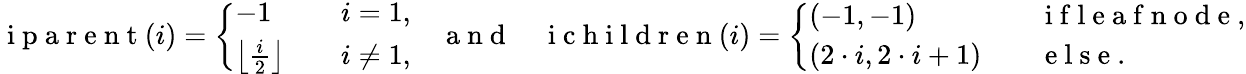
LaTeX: \mathrm{~i~p~a~r~e~n~t~}(i)=\left\{ \begin{array}{ll}{-1\quad}&{i=1,}\\ {\left\lfloor\frac{i}{2}\right\rfloor\quad}&{i\neq 1,}\end{array}\right.\quad\mathrm{~a~n~d~}\quad\mathrm{~i~c~h~i~l~d~r~e~n~}(i)=\left\{ \begin{array}{ll}{(-1,-1)\quad}&{\mathrm{~i~f~l~e~a~f~n~o~d~e~},}\\ {(2\cdot i,2\cdot i+1)\quad}&{\mathrm{~e~l~s~e~.~}}\end{array}\right.